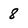
Character: 8